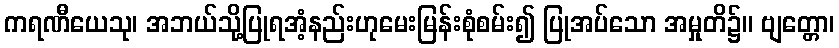
ကရဏီယေသု၊ အဘယ်သို့ပြုရအံ့နည်းဟုမေးမြန်းစုံစမ်း၍ ပြုအပ်သော အမှုတိ၌။ ဗျတ္တော၊